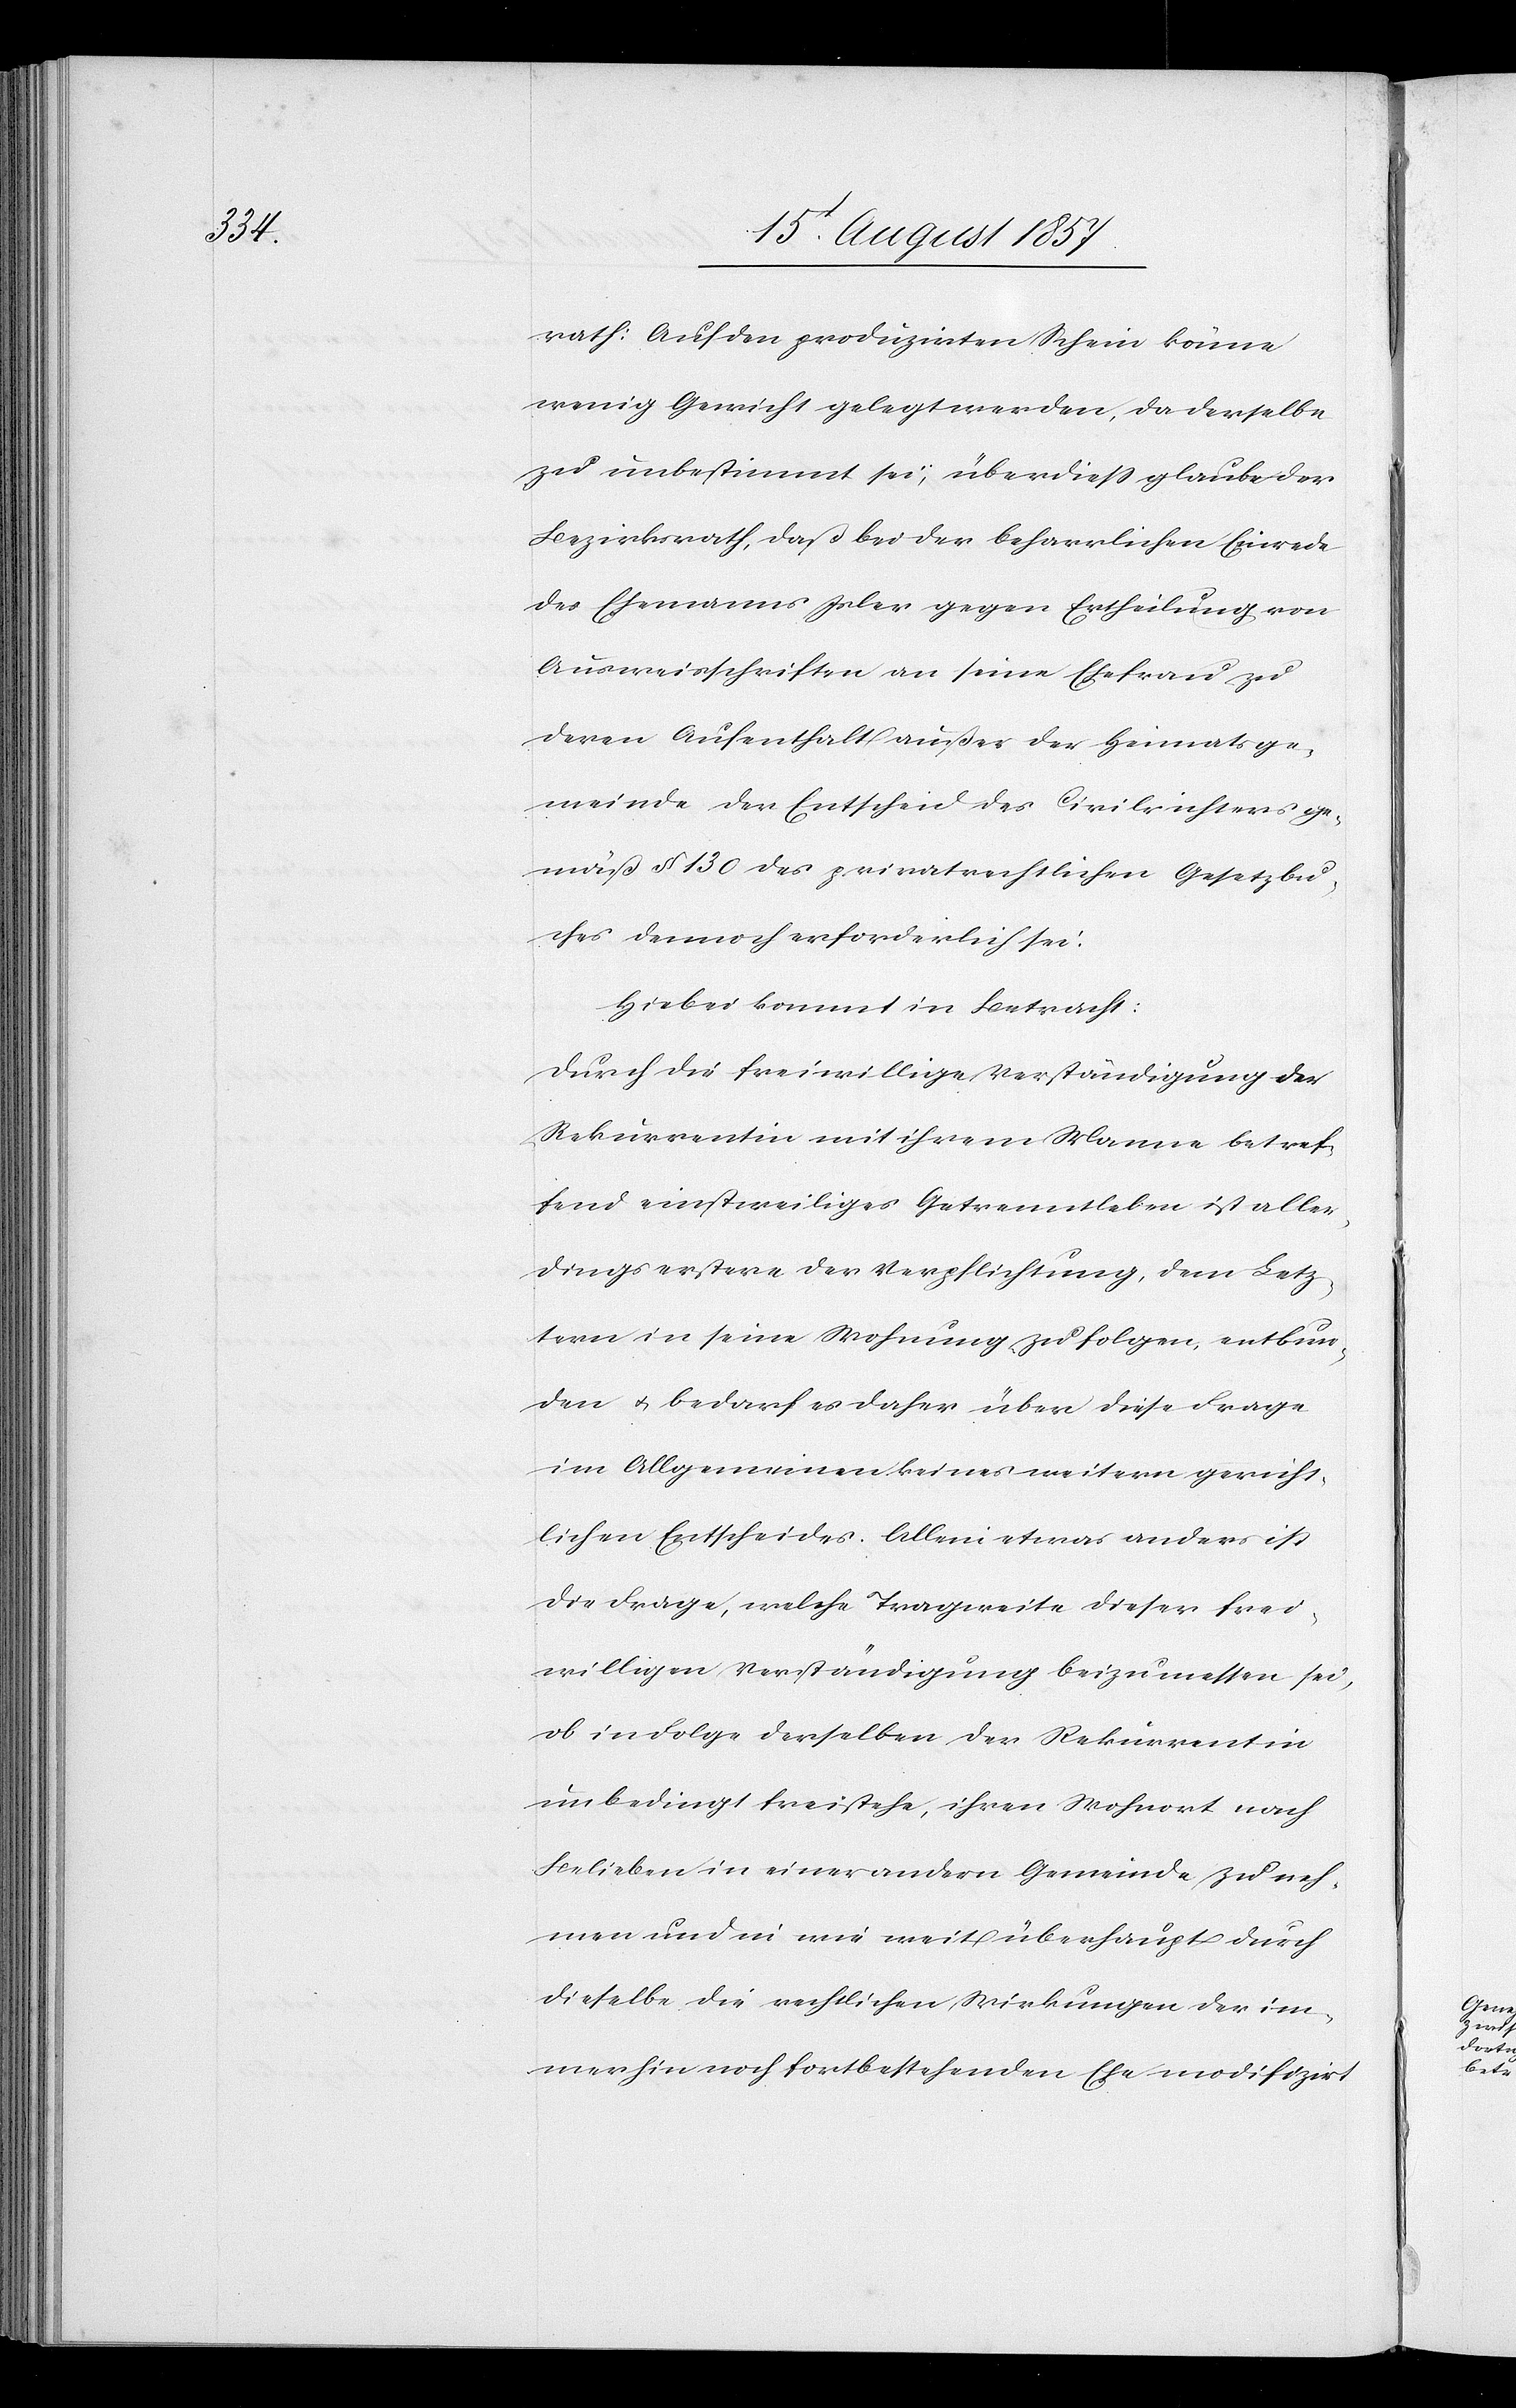
rath: Auf den produzirten Schein könne
wenig Gewicht gelegt werden, da derselbe
zu unbestimmt sei; überdieß glaube der
Bezirksrath, daß bei der beharrlichen Einrede
des Ehemanns Isler gegen Ertheilung von
Ausweisschriften an seine Ehefrau zu
deren Aufenthalt außer der Heimatsge¬
meinde der Entscheid des Civilrichters ge¬
mäß § 130 des privatrechtlichen Gesetzbu¬
ches dennoch erforderlich sei.
Hiebei kommt in Betracht:
Durch die freiwillige Verständigung der
Rekurrentin mit ihrem Manne betref¬
fend einstweiliges Getrenntleben ist aller¬
dings erstere der Verpflichtung, dem Letz¬
tern in seine Wohnung zu folgen, entbun¬
den & bedarf es daher über diese Frage
im Allgemeinen keines weitern gericht¬
lichen Entscheides. Allein etwas anders ist
die Frage, welche Tragweite dieser frei¬
willigen Verständigung beizumessen sei,
ob in Folge derselben der Rekurrentin
unbedingt freistehe, ihren Wohnort nach
Belieben in einer andern Gemeinde zu neh¬
men und in wie weit überhaupt durch
dieselbe die rechtlichen Wirkungen der im¬
merhin noch fortbestehenden Ehe modifizirt